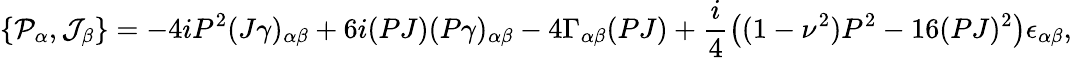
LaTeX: \{ {\cal P}_{\alpha},{\cal J}_{\beta}\} =-4iP^{2}(J\gamma)_{\alpha\beta}+6i(PJ)(P\gamma)_{\alpha\beta}-4\Gamma_{\alpha\beta}(PJ)+\frac{i}{4}\left((1-\nu^{2})P^{2}-16(PJ)^{2}\right)\epsilon_{\alpha\beta},